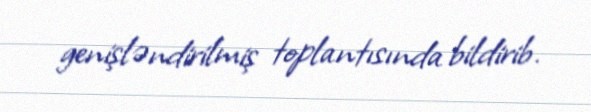
genişləndirilmiş toplantısında bildirib.